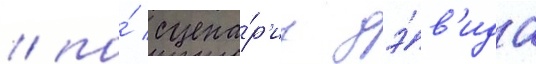
/ по́ сцена́р'иу дэ́в'ида